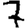
Digit: 7